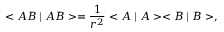
< A B \mid A B > = \frac 1 { r ^ { 2 } } < A \mid A > < B \mid B > ,